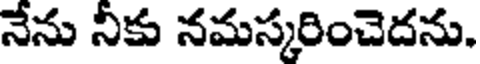
నేను నీకు నమస్కరించెదను.